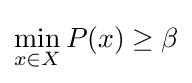
\displaystyle \min _{x\in X}P(x)\geq \beta